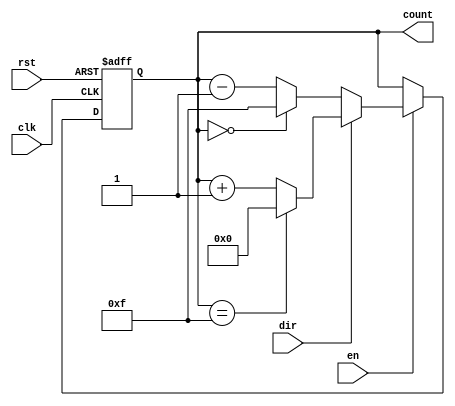
module multi_bit_counter #(
    parameter BIT_WIDTH = 4,       // Number of bits for the counter
    parameter MIN_VALUE = 0,       // Minimum value for the counter
    parameter MAX_VALUE = (1 << BIT_WIDTH) - 1 // Maximum value for the counter
)(
    input wire clk,                // Clock signal
    input wire rst,                // Asynchronous reset signal
    input wire en,                 // Count enable signal
    input wire dir,                // Count direction (1 for up, 0 for down)
    output reg [BIT_WIDTH-1:0] count // Current count value
);

    // Asynchronous reset and counter logic
    always @(posedge clk or posedge rst) begin
        if (rst) begin
            count <= MIN_VALUE;    // Reset to minimum value
        end else if (en) begin
            if (dir) begin
                // Counting up
                if (count == MAX_VALUE) begin
                    count <= MIN_VALUE; // Wrap around to minimum
                end else begin
                    count <= count + 1; // Increment counter
                end
            end else begin
                // Counting down
                if (count == MIN_VALUE) begin
                    count <= MAX_VALUE; // Wrap around to maximum
                end else begin
                    count <= count - 1; // Decrement counter
                end
            end
        end
    end

endmodule